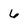
Character: 6